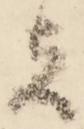
者